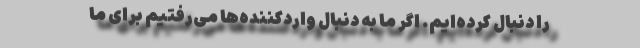
را دنبال کرده‌ایم. اگر ما به دنبال واردکننده‌ها می‌رفتیم برای ما